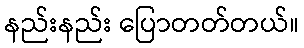
နည်းနည်း ပြောတတ်တယ်။